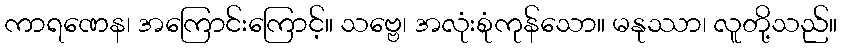
ကာရဏေန၊ အကြောင်းကြောင့်။ သဗ္ဗေ၊ အလုံးစုံကုန်သော။ မနုဿာ၊ လူတို့သည်။